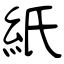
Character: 紙